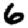
Digit: 6